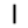
Digit: 1